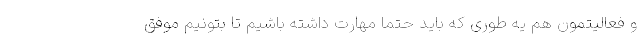
و فعالیتمون هم یه طوری که باید حتما مهارت داشته باشیم تا بتونیم موفق